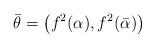
LaTeX: \begin{align*} \bar{\theta} = \big( f^2(\alpha), f^2(\bar{\alpha}) \big)\end{align*}